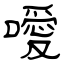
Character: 噯